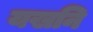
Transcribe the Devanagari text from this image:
यखनि